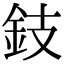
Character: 鈘